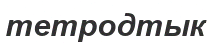
тетродтык